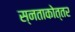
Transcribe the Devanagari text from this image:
स्नताकोत्तर